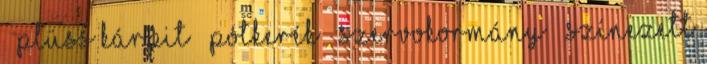
– plüss kárpit – pótkerék – szervokormány – színezett